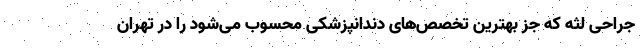
جراحی لثه که جز بهترین تخصص‌های دندانپزشکی محسوب می‌شود را در تهران